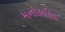
મનોહારિતા